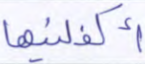
أكفلنيها